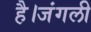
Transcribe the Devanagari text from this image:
है।जंगली